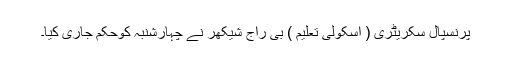
پرنسپال سکریٹری ( اسکولی تعلیم ) بی راج شیکھر نے چہارشنبہ کوحکم جاری کیا۔